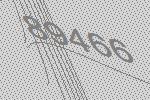
89466